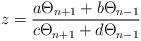
LaTeX: \begin{align*}z=\frac{a\Theta_{n+1}+b\Theta_{n-1}}{c\Theta_{n+1}+d\Theta_{n-1}}\end{align*}